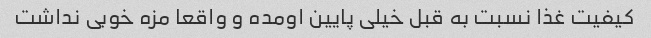
کیفیت غذا نسبت به قبل خیلی پایین اومده و واقعا مزه خوبی نداشت